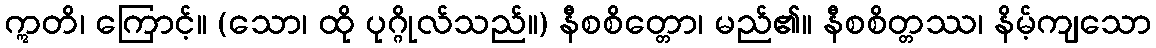
ဣတိ၊ ကြောင့်။ (သော၊ ထို ပုဂ္ဂိုလ်သည်။) နီစစိတ္တော၊ မည်၏။ နီစစိတ္တဿ၊ နိမ့်ကျသော